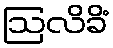
ဩလိခိံ